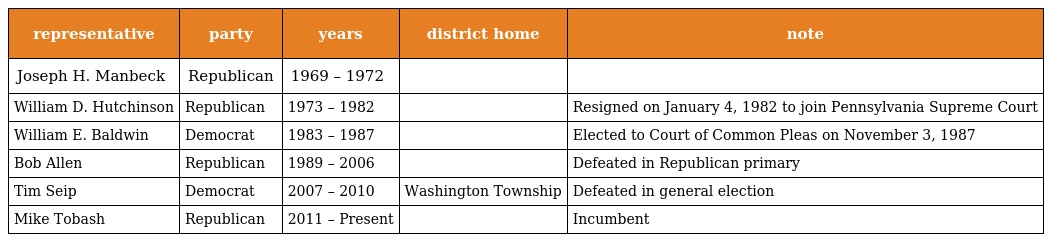
| representative | party | years | district home | note |
 | --- | --- | --- | --- | --- |
 | Joseph H. Manbeck | Republican | 1969 – 1972 |  |  |
 | William D. Hutchinson | Republican | 1973 – 1982 |  | Resigned on January 4, 1982 to join Pennsylvania Supreme Court |
 | William E. Baldwin | Democrat | 1983 – 1987 |  | Elected to Court of Common Pleas on November 3, 1987 |
 | Bob Allen | Republican | 1989 – 2006 |  | Defeated in Republican primary |
 | Tim Seip | Democrat | 2007 – 2010 | Washington Township | Defeated in general election |
 | Mike Tobash | Republican | 2011 – Present |  | Incumbent |